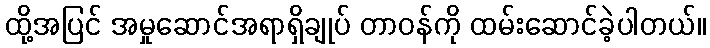
ထို့အပြင် အမှုဆောင်အရာရှိချုပ် တာဝန်ကို ထမ်းဆောင်ခဲ့ပါတယ်။